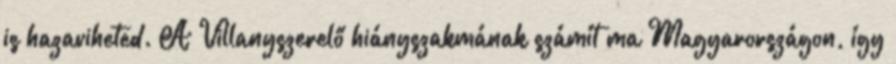
is hazaviheted. A Villanyszerelő hiányszakmának számít ma Magyarországon, így